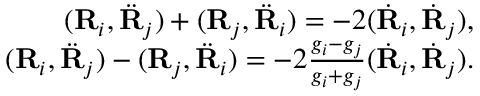
\begin{array} { r } { ( { \bf R } _ { i } , \ddot { \bf R } _ { j } ) + ( { \bf R } _ { j } , \ddot { \bf R } _ { i } ) = - 2 ( \dot { \bf R } _ { i } , \dot { \bf R } _ { j } ) , } \\ { ( { \bf R } _ { i } , \ddot { \bf R } _ { j } ) - ( { \bf R } _ { j } , \ddot { \bf R } _ { i } ) = - 2 \frac { g _ { i } - g _ { j } } { g _ { i } + g _ { j } } ( \dot { \bf R } _ { i } , \dot { \bf R } _ { j } ) . } \end{array}